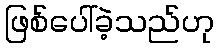
ဖြစ်ပေါ်ခဲ့သည်ဟု